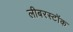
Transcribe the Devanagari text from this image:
लीबरस्टॉक